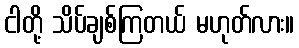
ငါတို့ သိပ်ချစ်ကြတယ် မဟုတ်လား။